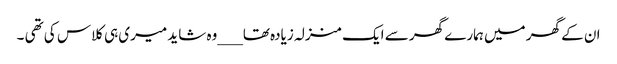
ان کے گھر میں ہمارے گھر سے ایک منزلہ زیادہ تھا___وہ شاید میری ہی کلاس کی تھی ۔